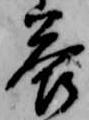
答